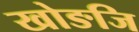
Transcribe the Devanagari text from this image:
खोङजि